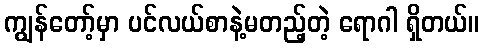
ကျွန်တော့်မှာ ပင်လယ်စာနဲ့မတည့်တဲ့ ရောဂါ ရှိတယ်။